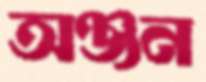
অঞ্জন